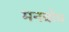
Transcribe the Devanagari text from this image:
मनवोध